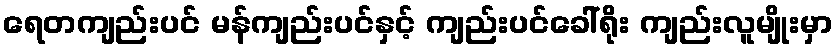
ရေတကျည်းပင် မန်ကျည်းပင်နှင့် ကျည်းပင်ခေါ်ရိုး ကျည်းလူမျိုးမှာ